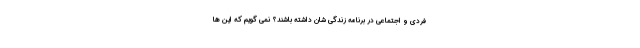
فردی و اجتماعی در برنامه زندگی شان داشته باشند؟ نمی گویم که این ها